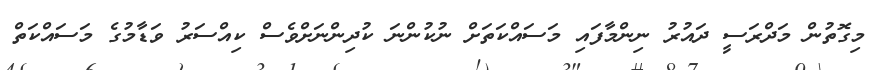
މިގޮތުން މަދްރަސީ ދައުރު ނިންމާފައި މަސައްކަތަށް ނުކުންނަ ކުދިންނަށްވެސް ކިއްސަރު ވަޑާމުގެ މަސައްކަތް